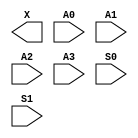
/**
 * Copyright 2020 The SkyWater PDK Authors
 *
 * Licensed under the Apache License, Version 2.0 (the "License");
 * you may not use this file except in compliance with the License.
 * You may obtain a copy of the License at
 *
 *     https://www.apache.org/licenses/LICENSE-2.0
 *
 * Unless required by applicable law or agreed to in writing, software
 * distributed under the License is distributed on an "AS IS" BASIS,
 * WITHOUT WARRANTIES OR CONDITIONS OF ANY KIND, either express or implied.
 * See the License for the specific language governing permissions and
 * limitations under the License.
 *
 * SPDX-License-Identifier: Apache-2.0
 */

`ifndef SKY130_FD_SC_HVL__MUX4_BLACKBOX_V
`define SKY130_FD_SC_HVL__MUX4_BLACKBOX_V

/**
 * mux4: 4-input multiplexer.
 *
 * Verilog stub definition (black box without power pins).
 *
 * WARNING: This file is autogenerated, do not modify directly!
 */

`timescale 1ns / 1ps
`default_nettype none

(* blackbox *)
module sky130_fd_sc_hvl__mux4 (
    X ,
    A0,
    A1,
    A2,
    A3,
    S0,
    S1
);

    output X ;
    input  A0;
    input  A1;
    input  A2;
    input  A3;
    input  S0;
    input  S1;

    // Voltage supply signals
    supply1 VPWR;
    supply0 VGND;
    supply1 VPB ;
    supply0 VNB ;

endmodule

`default_nettype wire
`endif  // SKY130_FD_SC_HVL__MUX4_BLACKBOX_V